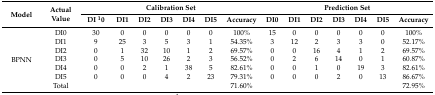
<table><thead><tr><td rowspan="2"><b>Model</b></td><td rowspan="2"><b>Actual Value</b></td><td colspan="7"><b>Calibration Set</b></td><td colspan="7"><b>Prediction Set</b></td></tr><tr><td><b>DI <sup>1</sup>0</b></td><td><b>DI1</b></td><td><b>DI2</b></td><td><b>DI3</b></td><td><b>DI4</b></td><td><b>DI5</b></td><td><b>Accuracy</b></td><td><b>DI0</b></td><td><b>DI1</b></td><td><b>DI2</b></td><td><b>DI3</b></td><td><b>DI4</b></td><td><b>DI5</b></td><td><b>Accuracy</b></td></tr></thead><tbody><tr><td rowspan="7">BPNN</td><td>DI0</td><td>30</td><td>0</td><td>0</td><td>0</td><td>0</td><td>0</td><td>100%</td><td>15</td><td>0</td><td>0</td><td>0</td><td>0</td><td>0</td><td>100%</td></tr><tr><td>DI1</td><td>9</td><td>25</td><td>3</td><td>5</td><td>3</td><td>1</td><td>54.35%</td><td>3</td><td>12</td><td>2</td><td>3</td><td>3</td><td>0</td><td>52.17%</td></tr><tr><td>DI2</td><td>0</td><td>1</td><td>32</td><td>10</td><td>1</td><td>2</td><td>69.57%</td><td>0</td><td>0</td><td>16</td><td>4</td><td>1</td><td>2</td><td>69.57%</td></tr><tr><td>DI3</td><td>0</td><td>5</td><td>10</td><td>26</td><td>2</td><td>3</td><td>56.52%</td><td>0</td><td>2</td><td>6</td><td>14</td><td>0</td><td>1</td><td>60.87%</td></tr><tr><td>DI4</td><td>0</td><td>0</td><td>2</td><td>1</td><td>38</td><td>5</td><td>82.61%</td><td>0</td><td>0</td><td>1</td><td>0</td><td>19</td><td>3</td><td>82.61%</td></tr><tr><td>DI5</td><td>0</td><td>0</td><td>0</td><td>4</td><td>2</td><td>23</td><td>79.31%</td><td>0</td><td>0</td><td>0</td><td>2</td><td>0</td><td>13</td><td>86.67%</td></tr><tr><td>Total</td><td></td><td></td><td></td><td></td><td></td><td></td><td>71.60%</td><td></td><td></td><td></td><td></td><td></td><td></td><td>72.95%</td></tr></tbody></table>